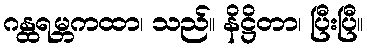
ဂန္ထရမ္ဘကထာ၊ သည်။ နိဋ္ဌိတာ၊ ပြီးပြီ။